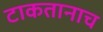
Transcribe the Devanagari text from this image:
टाकतानाच